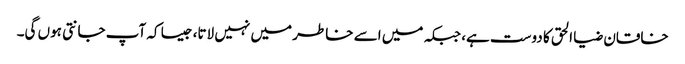
خاقان ضیا الحق کا دوست ہے، جبکہ میں اسے خاطر میں نہیں لاتا، جیسا کہ آپ جانتی ہوں گی۔